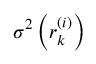
\sigma ^ { 2 } \left( r _ { k } ^ { ( i ) } \right)